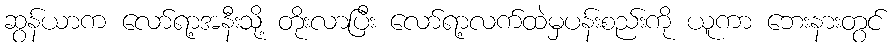
ဆွန်ယာက လော်ရာ့အနီးသို့ တိုးလာပြီး လော်ရာ့လက်ထဲမှပန်းစည်းကို ယူကာ ဘေးနားတွင်